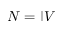
N = | V |